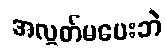
အလွတ်မပေးဘဲ